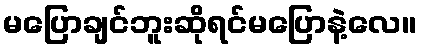
မပြောချင်ဘူးဆိုရင်မပြောနဲ့လေ။